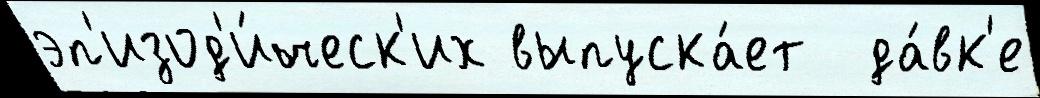
эп'изод'и́ческ'их выпуска́ет  да́вк'е